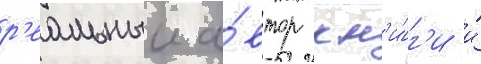
р'еальныи а́втор кн'и́г'и и́